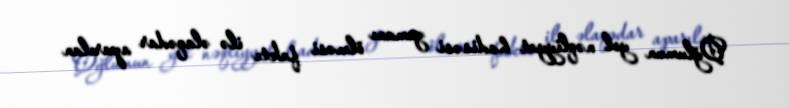
Oğlumun yol nəqliyyat hadisəsi zamanı ölməsi faktı ilə əlaqədar aparılan